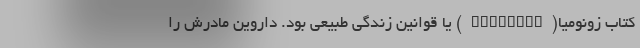
کتاب زونومیا(Zoonomia) یا قوانین زندگی طبیعی بود. داروین مادرش را